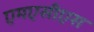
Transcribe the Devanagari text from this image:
एमएसीएस